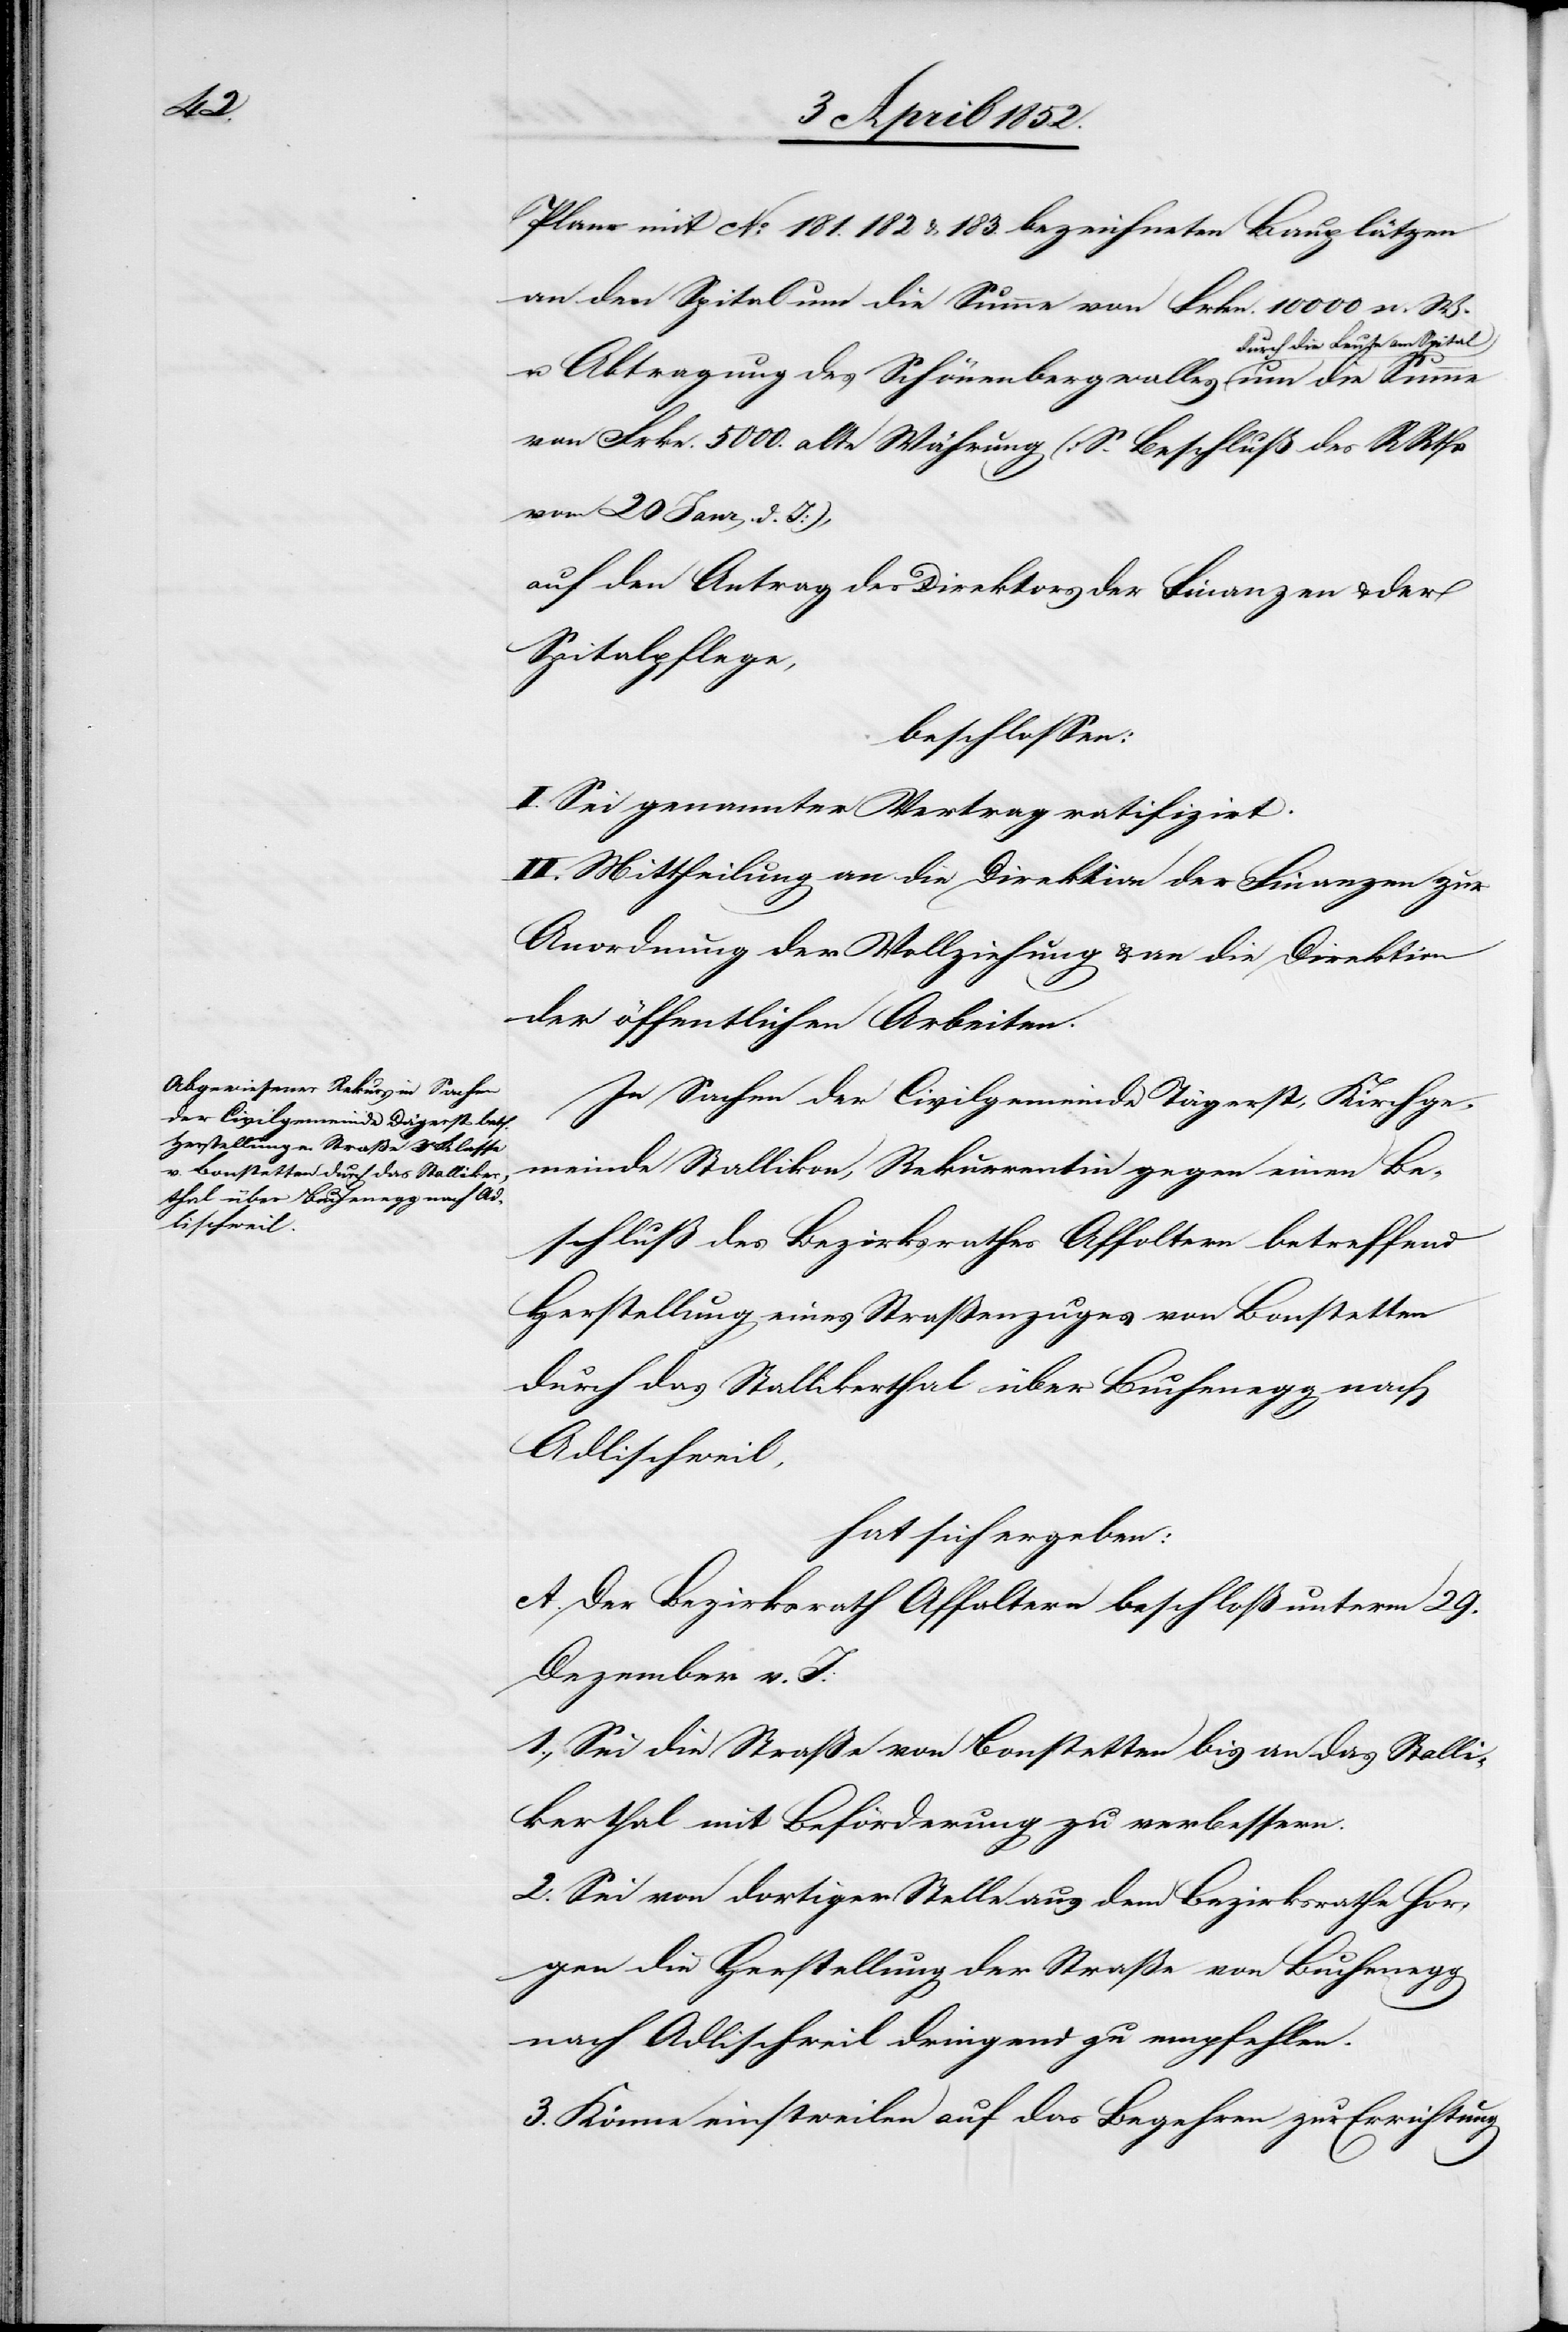
Plane mit No. 181.[,] 182 & 183. bezeichneten Bauplätzen
an den Spital um die Summe von Frkn. 10 000 n. W.
u. Abtragung des Schönenbergwalles durch die Leute
von Frkn. 5000. alte Währung (S. Beschluß des R Rths
vom 20 Janr. d. J),
auf den Antrag des Direktors der Finanzen & der
Spitalpflege,
beschlossen:
I. Sei genannter Vertrag ratifizirt.
II. Mittheilung an die Direktion der Finanzen zur
Anordnung der Vollziehung & an die Direktion
der öffentlichen Arbeiten.
In Sachen der Civilgemeinde Tägerst, Kirchge¬
meinde Stallikon, Rekurrentin gegen einen Be¬
schluß des Bezirksrathes Affoltern betreffend
Herstellung eines Straßenzuges von Bonstetten
durch das Stallikerthal über Buchenegg nach
Adlischweil,
hat sich ergeben:
A. Der Bezirksrath Affoltern beschloß unterm 29.
Dezember v. J:
1., Sei die Straße von Bonstetten bis an das Stalli¬
kerthal mit Beförderung zu verbessern.
2. Sei von dortiger Stelle aus dem Bezirksrathe Hor¬
gen die Herstellung der Straße von Buchenegg
nach Adlischweil dringend zu empfehlen.
3. Könne einstweilen auf das Begehren zur Errichtung